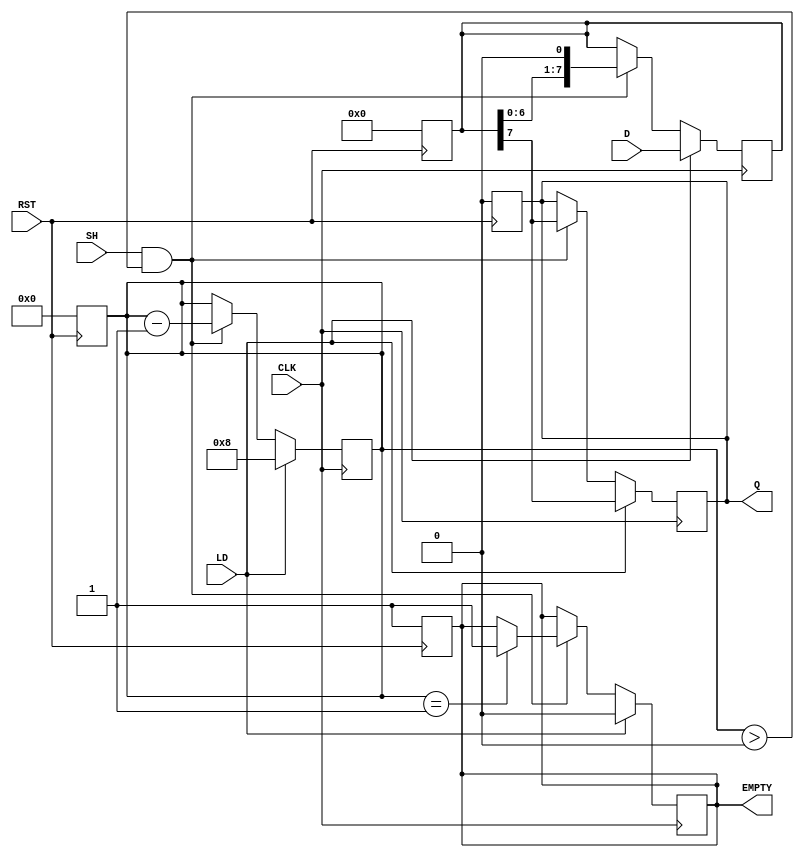
module PISO_Register #(
    parameter WIDTH = 8 // Parameter for the width of the register
)(
    input wire [WIDTH-1:0] D,      // Parallel data input
    input wire LD,                  // Load signal
    input wire CLK,                 // Clock signal
    input wire SH,                  // Shift signal
    input wire RST,                 // Reset signal (optional)
    output reg Q,                   // Serial output
    output reg EMPTY                // Empty signal
);

    reg [WIDTH-1:0] shift_reg;      // Shift register to hold data
    reg [3:0] count;                 // Counter to track the number of bits shifted out

    // Asynchronous reset
    always @(posedge RST) begin
        shift_reg <= 0;
        Q <= 0;
        EMPTY <= 1;
        count <= 0;
    end

    // Main operation: Loading and shifting
    always @(posedge CLK) begin
        if (LD) begin
            // Load data into the shift register
            shift_reg <= D;
            Q <= shift_reg[WIDTH-1]; // Output the MSB
            count <= WIDTH;           // Reset count to width
            EMPTY <= 0;               // Register is not empty after loading
        end else if (SH && count > 0) begin
            // Shift operation
            Q <= shift_reg[WIDTH-1]; // Output the MSB
            shift_reg <= {shift_reg[WIDTH-2:0], 1'b0}; // Shift left
            count <= count - 1;      // Decrement count
            if (count == 1) begin
                EMPTY <= 1;           // Set EMPTY when all bits are shifted out
            end
        end
    end

endmodule